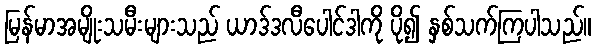
မြန်မာအမျိုးသမီးများသည် ယာဒ်ဒလီပေါင်ဒါကို ပို၍ နှစ်သက်ကြပါသည်။